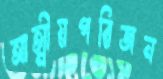
আত্মীয়পরিজন